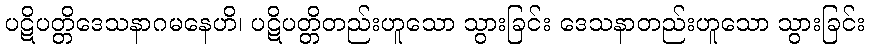
ပဋိပတ္တိဒေသနာဂမနေဟိ၊ ပဋိပတ္တိတည်းဟူသော သွားခြင်း ဒေသနာတည်းဟူသော သွားခြင်း